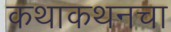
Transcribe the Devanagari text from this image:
कथाकथनचा